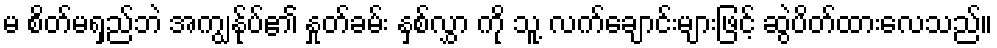
မ စိတ်မရှည်ဘဲ အကျွန်ုပ်၏ နှုတ်ခမ်း နှစ်လွှာ ကို သူ့ လက်ချောင်းများဖြင့် ဆွဲပိတ်ထားလေသည်။